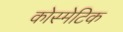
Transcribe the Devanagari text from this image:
कोस्मेटिक